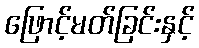
ဖြောင့်မတ်ခြင်းနှင့်